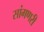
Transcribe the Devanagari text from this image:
सांगणरी